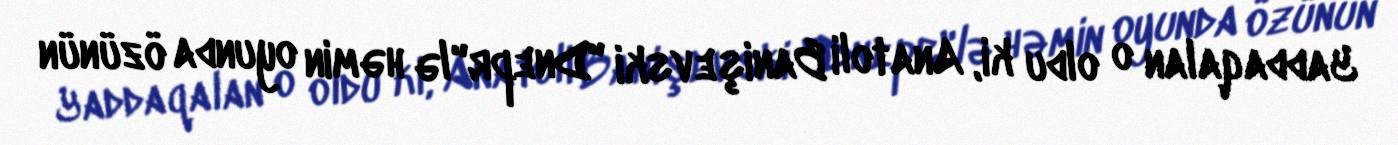
Yaddaqalan o oldu ki, Anatoli Banişevski "Dnepr"lə həmin oyunda özünün